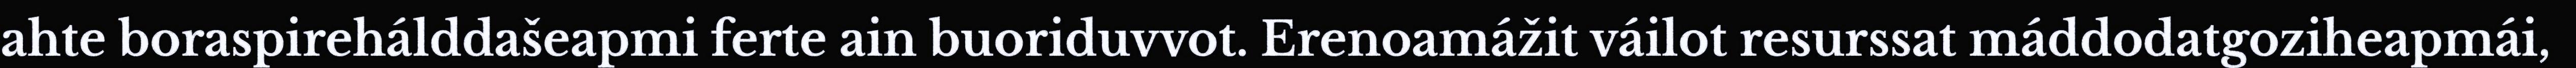
ahte boraspirehálddašeapmi ferte ain buoriduvvot. Erenoamážit váilot resurssat máddodatgoziheapmái,